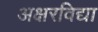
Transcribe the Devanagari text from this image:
अक्षरविद्या